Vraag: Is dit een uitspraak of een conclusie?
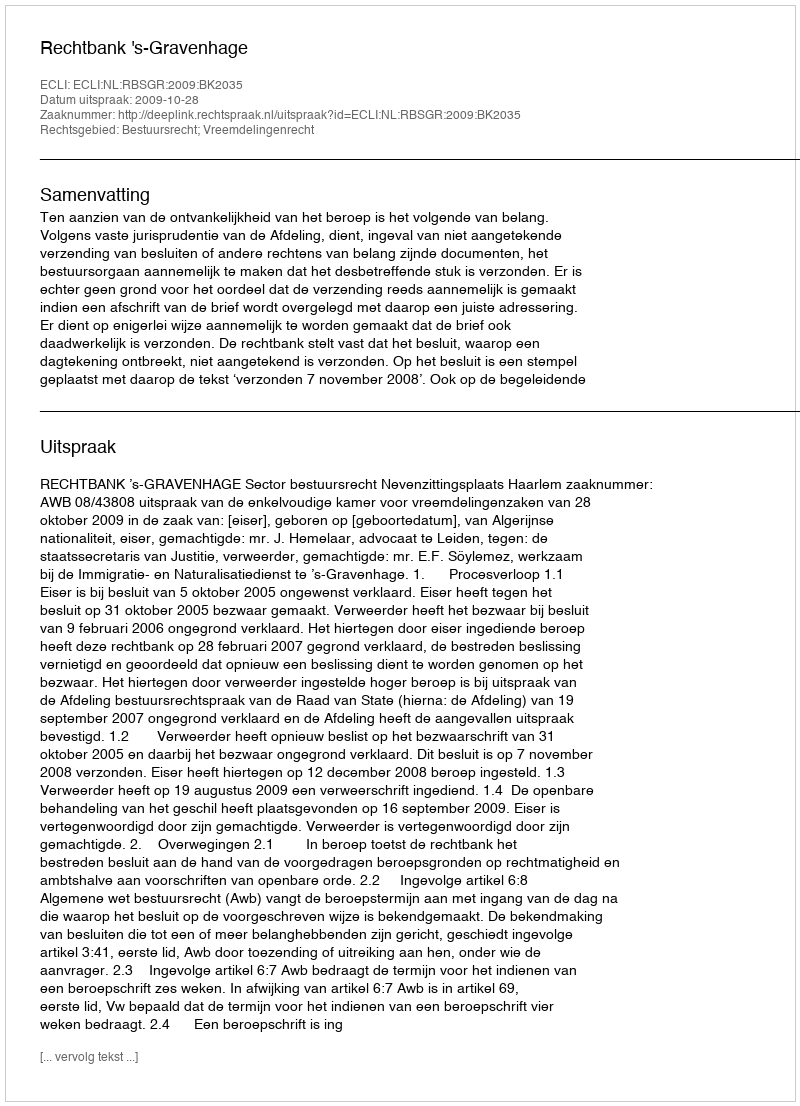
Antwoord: Uitspraak